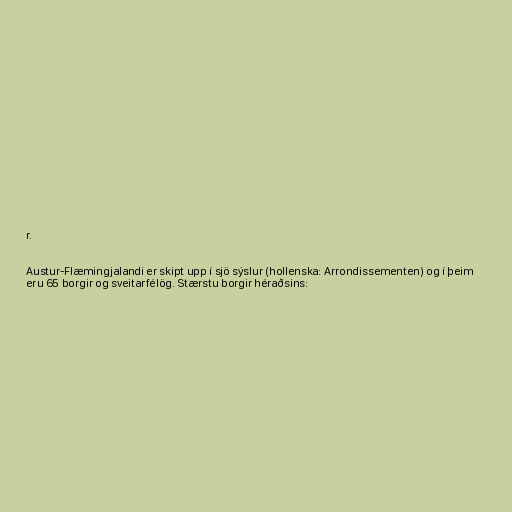
r.

Austur-Flæmingjalandi er skipt upp í sjö sýslur (hollenska: Arrondissementen) og í þeim
eru 65 borgir og sveitarfélög. Stærstu borgir héraðsins: